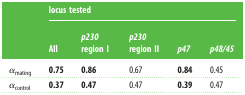
| <ROWSPAN=2>  | <COLSPAN=5> locus tested |
 | All | p230 region I | p230 region II | p47 | p48/45 |
 | --- | --- | --- | --- | --- | --- |
 | αmating | 0.75 | 0.86 | 0.67 | 0.84 | 0.45 |
 | αcontrol | 0.37 | 0.47 | 0.47 | 0.39 | 0.47 |